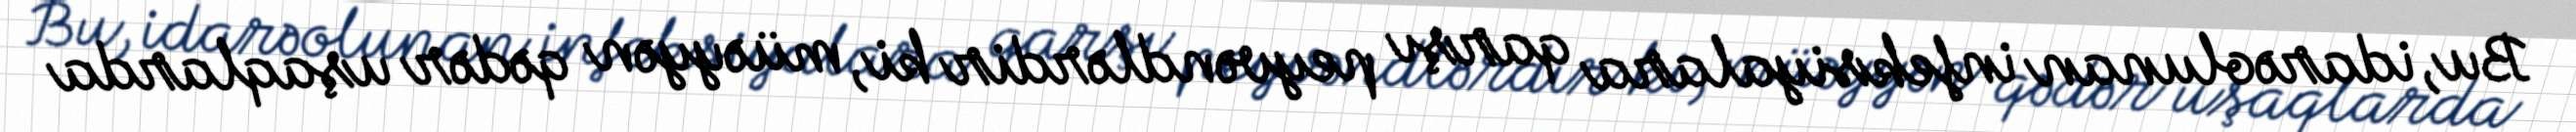
Bu, idarəolunan infeksiyalara qarşı peyvəndlərdir ki, müəyyən qədər uşaqlarda